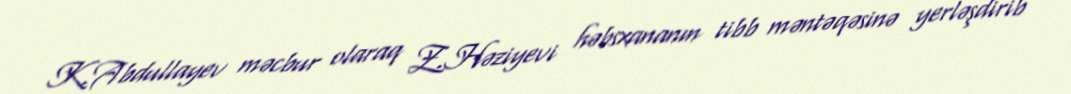
K.Abdullayev məcbur olaraq Z.Həziyevi həbsxananın tibb məntəqəsinə yerləşdirib